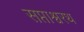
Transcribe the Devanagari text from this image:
सप्ताश्वरथ